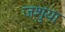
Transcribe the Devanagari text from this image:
जशुया